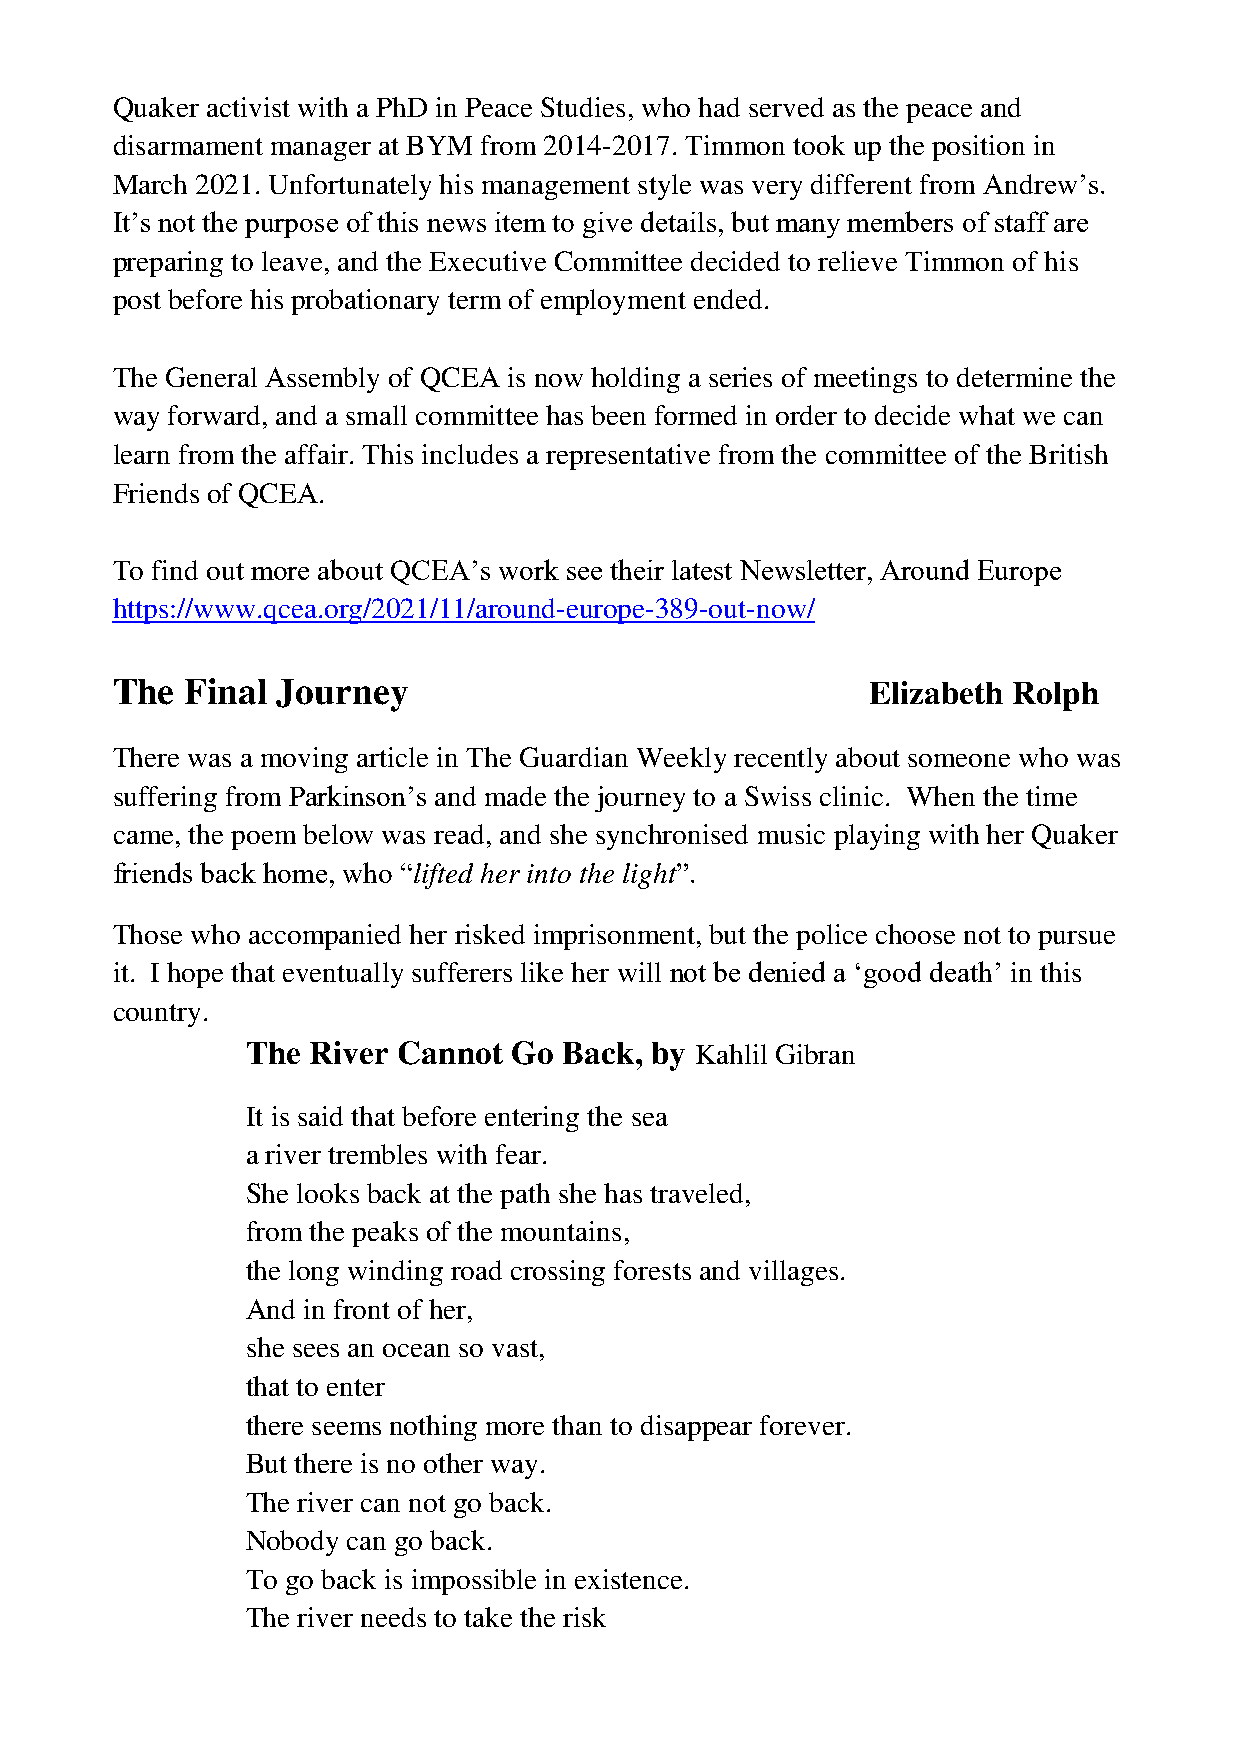
Quaker activist with a PhD in Peace Studies, who had served as the peace and
 disarmament manager at BYM from 2014-2017. Timmon took up the position in
 March 2021. Unfortunately his management style was very different from Andrew’s.
 It’s not the purpose of this news item to give details, but many members of staff are
 preparing to leave, and the Executive Committee decided to relieve Timmon of his
 post before his probationary term of employment ended.
 The General Assembly of QCEA is now holding a series of meetings to determine the
 way forward, and a small committee has been formed in order to decide what we can
 learn from the affair. This includes a representative from the committee of the British
 Friends of QCEA.
 To find out more about QCEA’s work see their latest Newsletter, Around Europe
 https://www.qcea.org/2021/11/around-europe-389-out-now/
 The  Final Journey                                Elizabeth Rolph
 There was a moving article in The Guardian Weekly recently about someone who was
 suffering from Parkinson’s and made the journey to a Swiss clinic. When the time
 came, the poem below was read, and she synchronised music playing with her Quaker
 friends back home, who “lifted her into the light”.
 Those who accompanied her risked imprisonment, but the police choose not to pursue
 it. I hope that eventually sufferers like her will not be denied a ‘good death’ in this
 country.
 The River Cannot  Go Back, by Kahlil Gibran
 It is said that before entering the sea
 a river trembles with fear.
 She looks back at the path she has traveled,
 from the peaks of the mountains,
 the long winding road crossing forests and villages.
 And in front of her,
 she sees an ocean so vast,
 that to enter
 there seems nothing more than to disappear forever.
 But there is no other way.
 The river can not go back.
 Nobody can go back.
 To go back is impossible in existence.
 The river needs to take the risk